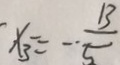
- x _ { 3 } - = - \cdot \frac { 1 3 } { 5 }